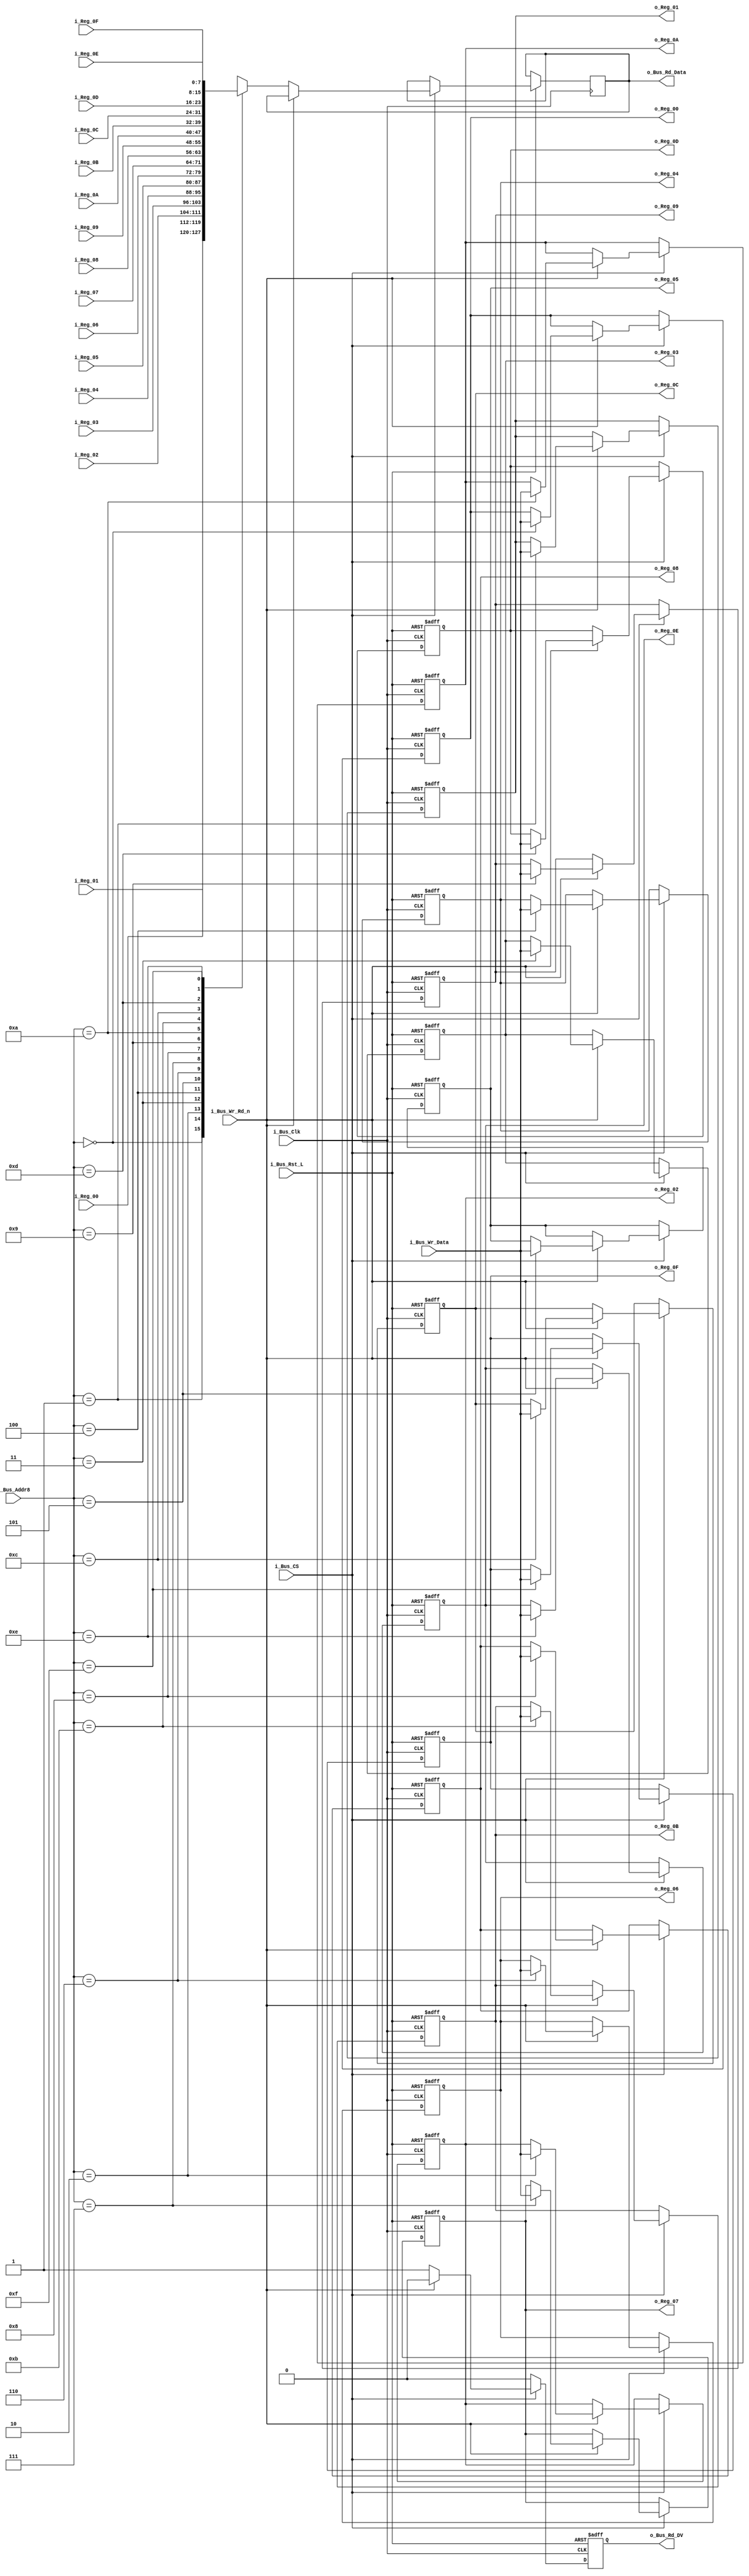
//////////////////////////////////////////////////////////////////////////////
// FPGA Bus Registers, 8 bits wide
// Contains 16 Readable/Writable Registers.
//
// Parameters:
// INIT_XX - Used to initalize registers to non-zero values.
//////////////////////////////////////////////////////////////////////////////
module Bus8_Reg_X16 #(parameter INIT_00  = 0,
                      parameter INIT_01  = 0,
                      parameter INIT_02  = 0,
                      parameter INIT_03  = 0,
                      parameter INIT_04  = 0,
                      parameter INIT_05  = 0,
                      parameter INIT_06  = 0,
                      parameter INIT_07  = 0,
                      parameter INIT_08  = 0,
                      parameter INIT_09  = 0,
                      parameter INIT_0A  = 0,
                      parameter INIT_0B  = 0,
                      parameter INIT_0C  = 0,
                      parameter INIT_0D  = 0,
                      parameter INIT_0E  = 0,
                      parameter INIT_0F  = 0)
 (input            i_Bus_Rst_L,
  input            i_Bus_Clk,
  input            i_Bus_CS,
  input            i_Bus_Wr_Rd_n,
  input [3:0]      i_Bus_Addr8,
  input [7:0]      i_Bus_Wr_Data,
  output reg [7:0] o_Bus_Rd_Data,
  output reg       o_Bus_Rd_DV,
  input [7:0]      i_Reg_00,
  input [7:0]      i_Reg_01,
  input [7:0]      i_Reg_02,
  input [7:0]      i_Reg_03,
  input [7:0]      i_Reg_04,
  input [7:0]      i_Reg_05,
  input [7:0]      i_Reg_06,
  input [7:0]      i_Reg_07,
  input [7:0]      i_Reg_08,
  input [7:0]      i_Reg_09,
  input [7:0]      i_Reg_0A,
  input [7:0]      i_Reg_0B,
  input [7:0]      i_Reg_0C,
  input [7:0]      i_Reg_0D,
  input [7:0]      i_Reg_0E,
  input [7:0]      i_Reg_0F,
  output reg [7:0] o_Reg_00,
  output reg [7:0] o_Reg_01,
  output reg [7:0] o_Reg_02,
  output reg [7:0] o_Reg_03,
  output reg [7:0] o_Reg_04,
  output reg [7:0] o_Reg_05,
  output reg [7:0] o_Reg_06,
  output reg [7:0] o_Reg_07,
  output reg [7:0] o_Reg_08,
  output reg [7:0] o_Reg_09,
  output reg [7:0] o_Reg_0A,
  output reg [7:0] o_Reg_0B,
  output reg [7:0] o_Reg_0C,
  output reg [7:0] o_Reg_0D,
  output reg [7:0] o_Reg_0E,
  output reg [7:0] o_Reg_0F);


  always @(posedge i_Bus_Clk or negedge i_Bus_Rst_L)
  begin
    if (~i_Bus_Rst_L)
    begin
      o_Bus_Rd_DV <= 1'b0;
      o_Reg_00   <= INIT_00;
      o_Reg_01   <= INIT_01;
      o_Reg_02   <= INIT_02;
      o_Reg_03   <= INIT_03;
      o_Reg_04   <= INIT_04;
      o_Reg_05   <= INIT_05;
      o_Reg_06   <= INIT_06;
      o_Reg_07   <= INIT_07;
      o_Reg_08   <= INIT_08;
      o_Reg_09   <= INIT_09;
      o_Reg_0A   <= INIT_0A;
      o_Reg_0B   <= INIT_0B;
      o_Reg_0C   <= INIT_0C;
      o_Reg_0D   <= INIT_0D;
      o_Reg_0E   <= INIT_0E;
      o_Reg_0F   <= INIT_0F;
    end
    else
    begin
      o_Bus_Rd_DV <= 1'b0;

      if (i_Bus_CS == 1'b1)
      begin
        if (i_Bus_Wr_Rd_n == 1'b1) // Write Command
        begin
          case (i_Bus_Addr8[3:0])
          4'b0000 : o_Reg_00 <= i_Bus_Wr_Data;
          4'b0001 : o_Reg_01 <= i_Bus_Wr_Data;
          4'b0010 : o_Reg_02 <= i_Bus_Wr_Data;
          4'b0011 : o_Reg_03 <= i_Bus_Wr_Data;
          4'b0100 : o_Reg_04 <= i_Bus_Wr_Data;
          4'b0101 : o_Reg_05 <= i_Bus_Wr_Data;
          4'b0110 : o_Reg_06 <= i_Bus_Wr_Data;
          4'b0111 : o_Reg_07 <= i_Bus_Wr_Data;
          4'b1000 : o_Reg_08 <= i_Bus_Wr_Data;
          4'b1001 : o_Reg_09 <= i_Bus_Wr_Data;
          4'b1010 : o_Reg_0A <= i_Bus_Wr_Data;
          4'b1011 : o_Reg_0B <= i_Bus_Wr_Data;
          4'b1100 : o_Reg_0C <= i_Bus_Wr_Data;
          4'b1101 : o_Reg_0D <= i_Bus_Wr_Data;
          4'b1110 : o_Reg_0E <= i_Bus_Wr_Data;
          4'b1111 : o_Reg_0F <= i_Bus_Wr_Data;
          endcase
        end
        else // Read Command
        begin
          o_Bus_Rd_DV <= 1'b1;
          
          case (i_Bus_Addr8[3:0])
          4'b0000 : o_Bus_Rd_Data <= i_Reg_00;
          4'b0001 : o_Bus_Rd_Data <= i_Reg_01;
          4'b0010 : o_Bus_Rd_Data <= i_Reg_02;
          4'b0011 : o_Bus_Rd_Data <= i_Reg_03;
          4'b0100 : o_Bus_Rd_Data <= i_Reg_04;
          4'b0101 : o_Bus_Rd_Data <= i_Reg_05;
          4'b0110 : o_Bus_Rd_Data <= i_Reg_06;
          4'b0111 : o_Bus_Rd_Data <= i_Reg_07;
          4'b1000 : o_Bus_Rd_Data <= i_Reg_08;
          4'b1001 : o_Bus_Rd_Data <= i_Reg_09;
          4'b1010 : o_Bus_Rd_Data <= i_Reg_0A;
          4'b1011 : o_Bus_Rd_Data <= i_Reg_0B;
          4'b1100 : o_Bus_Rd_Data <= i_Reg_0C;
          4'b1101 : o_Bus_Rd_Data <= i_Reg_0D;
          4'b1110 : o_Bus_Rd_Data <= i_Reg_0E;
          4'b1111 : o_Bus_Rd_Data <= i_Reg_0F;
          endcase 
        end // else: !if(i_Bus_Wr_Rd_n == 1'b1)
      end // if (i_Bus_CS == 1'b1)
    end // else: !if(!i_Bus_Rst_L)
  end // always @ (posedge i_Bus_Clk or negedge i_Bus_Rst_L)

endmodule // Bus8_Reg_X16